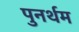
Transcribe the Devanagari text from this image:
पुनर्थम